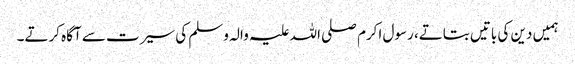
ہمیں دین کی باتیں بتاتے، رسول اکرم صلی اللہ علیہ والہ وسلم کی سیرت سے آگاہ کرتے۔